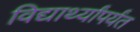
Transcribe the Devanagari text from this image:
विद्यार्थ्यांपर्यंत